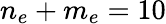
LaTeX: n_{e}+m_{e}=10